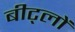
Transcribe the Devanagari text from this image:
बीट्लों